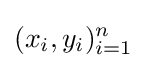
{(x_{i},y_{i})_{i=1}^{n}}